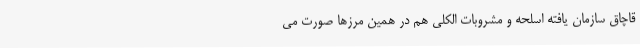
قاچاق سازمان یافته اسلحه و مشروبات الکلی هم در همین مرزها صورت می